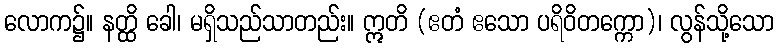
လောက၌။ နတ္ထိ ခေါ၊ မရှိသည်သာတည်း။ ဣတိ (ဧတံ ဧသော ပရိဝိတက္ကော)၊ လွန်သို့သော